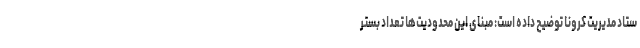
ستاد مدیریت کرونا توضیح داده است: مبنای این محدودیت‌ها تعداد بستر